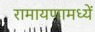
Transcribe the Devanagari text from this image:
रामायणामध्यें